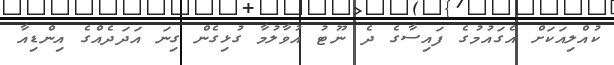
ކުއްލިއަކަށް އެގައުމުގެ ފައިސާގެ ދެ ނޫޓު އުވާލުމާ ގުޅިގެން ގިނަ އަަދަދެއްގެ އިންޑިއާ